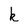
Character: k